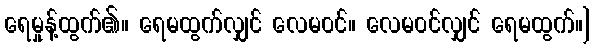
ရေမှုန့်ထွက်၏။ ရေမထွက်လျှင် လေမဝင်။ လေမဝင်လျှင် ရေမထွက်။]